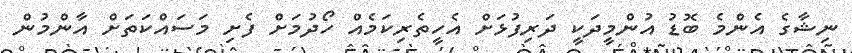
ނިޝާގެ އެންމެ ބޮޑު އުންމީދަކީ ދަރިފުޅަށް އެހީތެރިކަމެއް ހޯދުމަށް ފެށި މަސައްކަތަށް އާންމުން